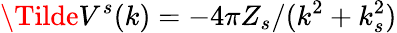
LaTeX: \Tilde{V}^{s}(k)=-4\pi Z_{s}/(k^{2}+k_{s}^{2})